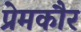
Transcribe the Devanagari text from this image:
प्रेमकौर